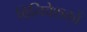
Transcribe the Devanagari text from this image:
विनिवेशकों